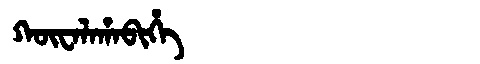
Manchu: ᡴᡡᠸᠠᠯᠠᡥᠠᠪᡳᡥᡝ
Romanization: KŪWALAHABIHE